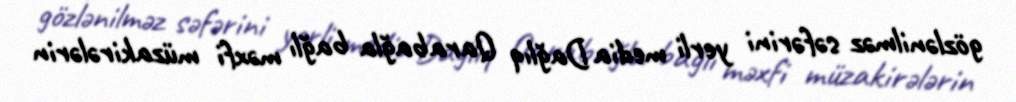
gözlənilməz səfərini yerli media Dağlıq Qarabağla bağlı məxfi müzakirələrin